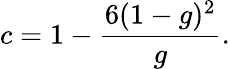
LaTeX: c=1-\frac{6(1-g)^{2}}{g}.